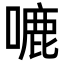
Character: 𭊛